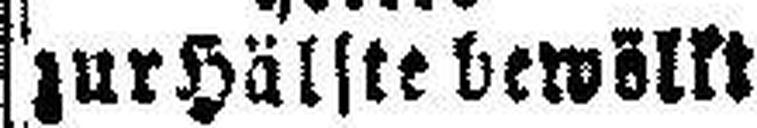
zur Hälfte bewölkt